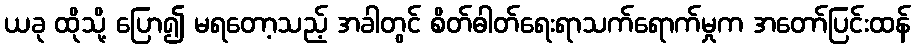
ယခု ထိုသို့ ပြော၍ မရတော့သည့် အခါတွင် စိတ်ဓါတ်ရေးရာသက်ရောက်မှုက အတော်ပြင်းထန်